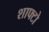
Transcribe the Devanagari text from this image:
शाफ्टो